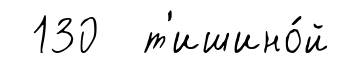
130 т'ишино́й